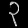
Digit: ၃